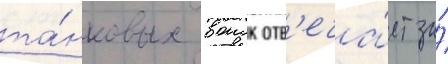
та́нковых воиск отв'еча́ет за́